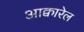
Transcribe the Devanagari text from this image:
आक्वारेल